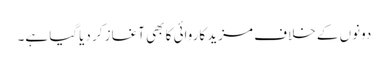
دونوں کے خلاف مزید کاروائی کا بھی آغاز کر دیاگیا ہے۔